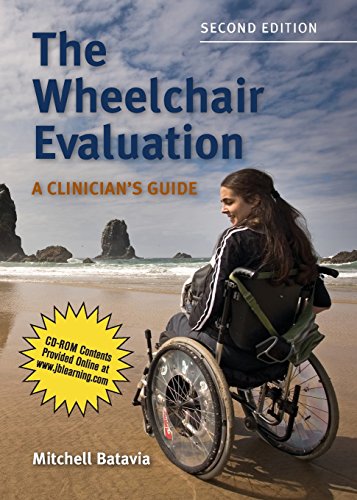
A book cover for The Wheelchair Evaluation: A Clinician's Guide; Mitchell Batavia; Medical Books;